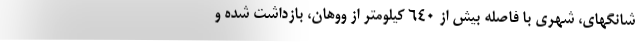
شانگهای، شهری با فاصله بیش از 640 کیلومتر از ووهان، بازداشت شده و